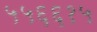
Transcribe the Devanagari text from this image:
५५६६१५